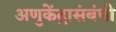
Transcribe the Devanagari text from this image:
अणुकेंद्रासंबंधी